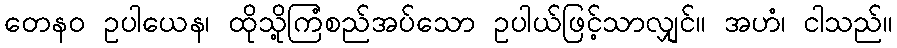
တေနဝ ဥပါယေန၊ ထိုသို့ကြံစည်အပ်သော ဥပါယ်ဖြင့်သာလျှင်။ အဟံ၊ ငါသည်။